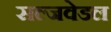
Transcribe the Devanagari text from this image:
सल्जवेडल